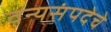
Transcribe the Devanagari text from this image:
वन्यसंपदेचे